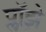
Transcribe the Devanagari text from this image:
प्लॉझ़े